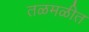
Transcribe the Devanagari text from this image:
तळमळीत